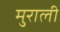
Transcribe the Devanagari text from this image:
मुराली